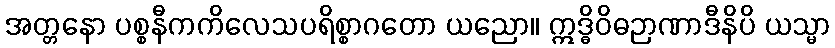
အတ္တနော ပစ္စနီကကိလေသပရိစ္စာဂတော ယညော။ ဣဒ္ဓိဝိဓဉာဏာဒီနိပိ ယသ္မာ